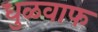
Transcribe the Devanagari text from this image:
धुळवाफ